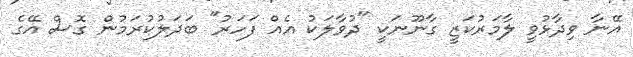
އޭނާ ވިދާޅުވީ ލާމަރުކަޒީ ގާނޫނަކީ "ދުވާލަކު އެއް ފަހަރު" ބަދަލުކުރަމުން ގޮސް އޭގެ